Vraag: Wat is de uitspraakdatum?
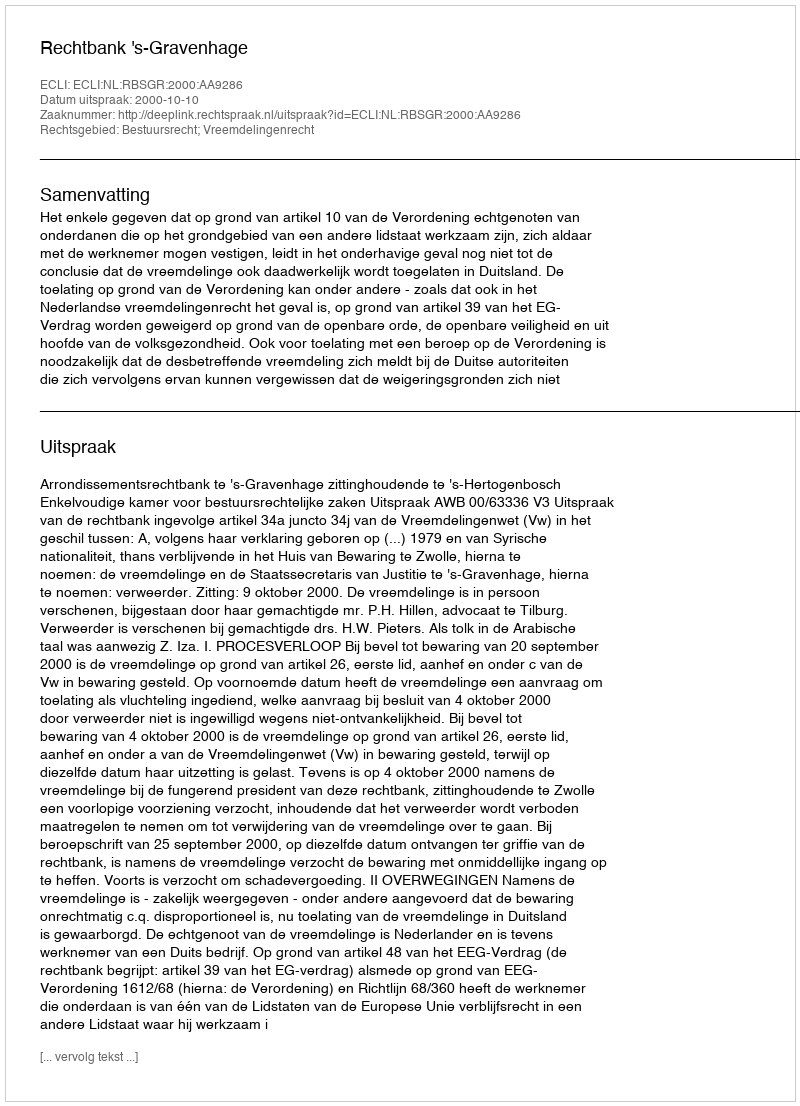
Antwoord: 2000-10-10